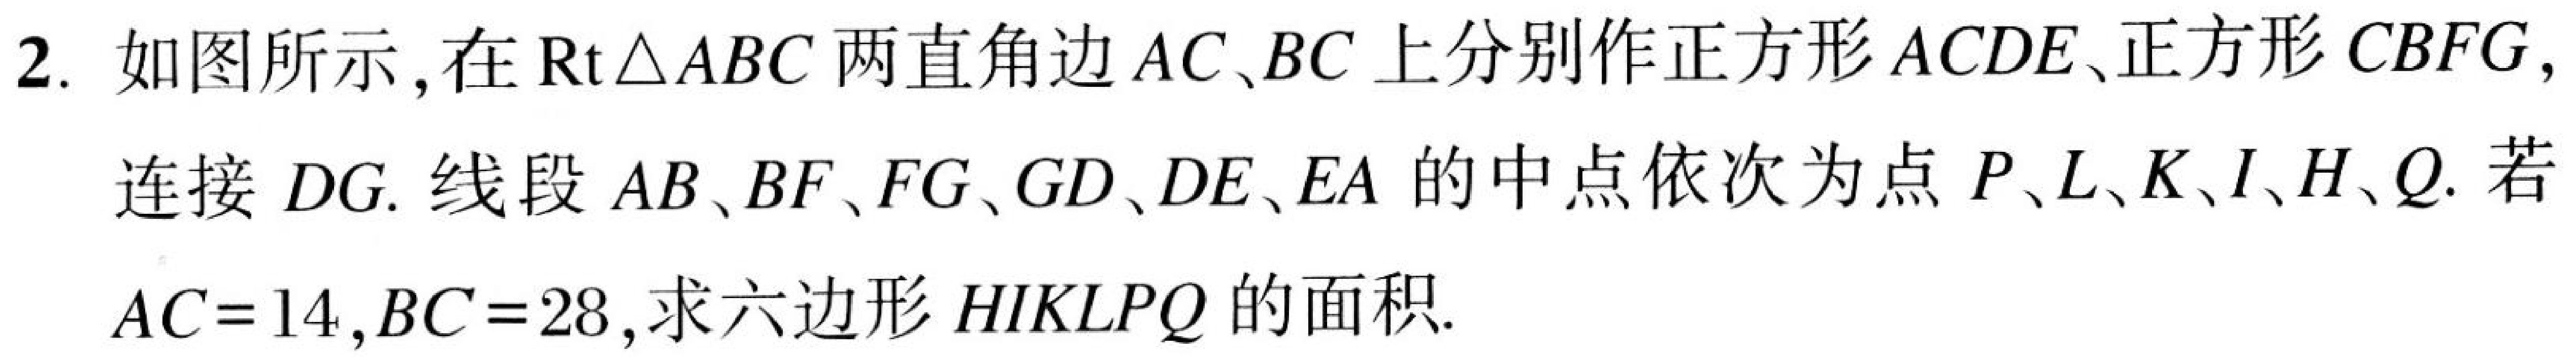
2. 如图所示，在$\mathrm{Rt}\triangle ABC$两直角边$AC、BC$上分别作正方形$ACDE$、正方形$CBFG$，连接$DG$. 线段$AB、BF、FG、GD、DE、EA$的中点依次为点$P、L、K、I、H、Q.$ 若$AC = 14,BC = 28$,求六边形$HIKLPQ$的面积.